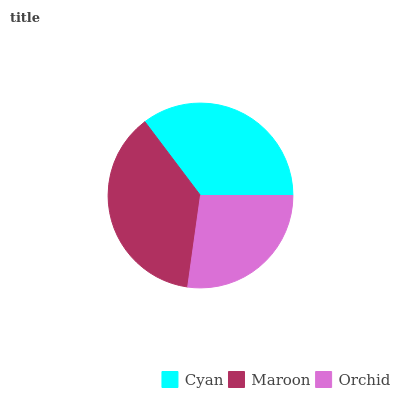
| Cyan | Maroon | Orchid |
 | --- | --- | --- |
 | 35.3% | 37.5% | 27.2% |